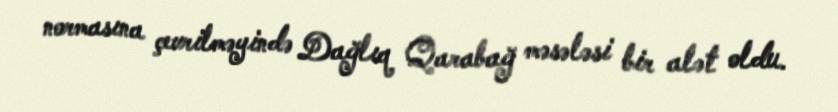
normasına çevrilməyində Dağlıq Qarabağ məsələsi bir alət oldu.